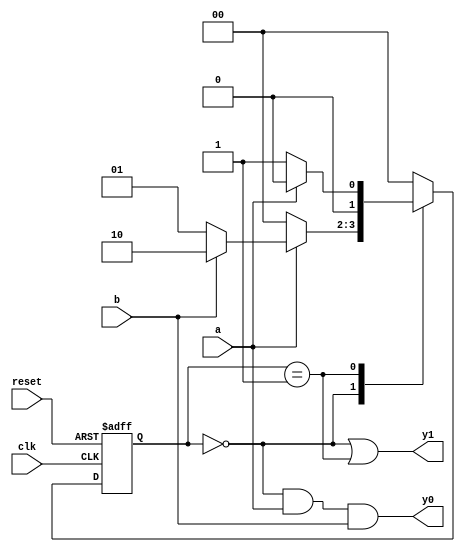
// Listing 5.1
module fsm_eg_mult_seg
   (
    input wire  clk, reset,
    input wire  a, b,
    output wire y0, y1
   );

   // symbolic state declaration
   localparam [1:0] s0 = 2'b00,
                    s1 = 2'b01,
                    s2 = 2'b10;

   // signal declaration
   reg [1:0] state_reg, state_next;

   // state register
    always @(posedge clk, posedge reset)
       if (reset)
          state_reg <= s0;
       else
          state_reg <= state_next;

   // next-state logic
   always @*
      case (state_reg)
         s0: if (a)
               if (b)
                  state_next = s2;
               else
                  state_next = s1;
             else
                state_next = s0;
         s1: if (a)
               state_next = s0;
             else
               state_next = s1;
         s2: state_next = s0;
         default: state_next = s0;
      endcase

   // Moore output logic
   assign y1 = (state_reg==s0) || (state_reg==s1);

   // Mealy output logic
   assign y0 = (state_reg==s0) & a & b;

endmodule